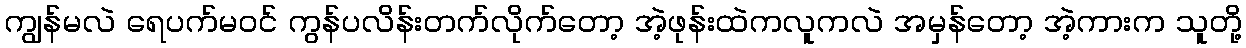
ကျွန်မလဲ ရေပက်မ၀င် ကွန်ပလိန်းတက်လိုက်တော့ အဲ့ဖုန်းထဲကလူကလဲ အမှန်တော့ အဲ့ကားက သူတို့